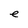
Character: e